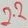
Text: 2.2